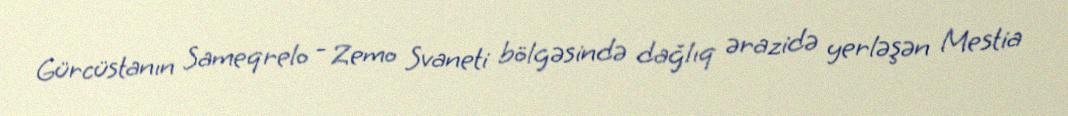
Gürcüstanın Sameqrelo - Zemo Svaneti bölgəsində dağlıq ərazidə yerləşən Mestia